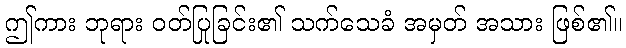
ဤကား ဘုရား ဝတ်ပြုခြင်း၏ သက်သေခံ အမှတ် အသား ဖြစ်၏။